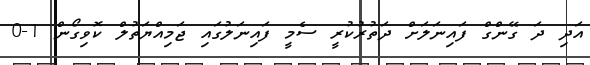
އަދި ދަ ގޭންގް ފައިނަލަށް ދަތުރުކުރީ ސެމީ ފައިނަލުގައި ޖަމިއްޔަތުލް ކޮވިގޯން 1-0